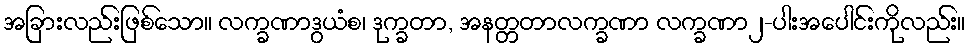
အခြားလည်းဖြစ်သော။ လက္ခဏာဒွယံစ၊ ဒုက္ခတာ, အနတ္တတာလက္ခဏာ လက္ခဏာ၂-ပါးအပေါင်းကိုလည်း။